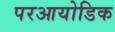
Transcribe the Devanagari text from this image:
परआयोडिक